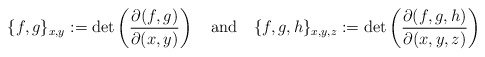
\begin{align*}\{f,g\}_{x,y}:=\det\left(\frac{\partial(f,g)}{\partial(x,y)}\right)\quad{\rm and}\quad\{f,g,h\}_{x,y,z}:=\det\left(\frac{\partial(f,g,h)}{\partial(x,y,z)}\right)\end{align*}